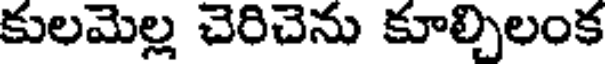
కులమెల్ల చెరిచెను కూల్చిలంక